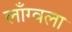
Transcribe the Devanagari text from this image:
लाँग्वला